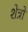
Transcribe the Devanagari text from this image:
शेत्रो